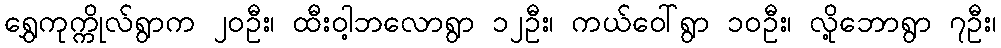
ရွှေကုက္ကိုလ်ရွာက ၂၀ဦး၊ ထီးဝါ့ဘလောရွာ ၁၂ဦး၊ ကယ်ဝေါ်ရွာ ၁၀ဦး၊ လို့ဘောရွာ ၇ဦး၊